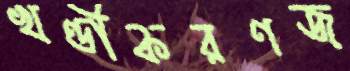
খণ্ডীকরণজ